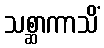
သစ္ဆာကာသိံ